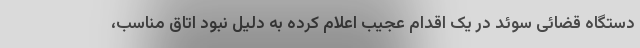
دستگاه قضائی سوئد در یک اقدام عجیب اعلام کرده به دلیل نبود اتاق مناسب،